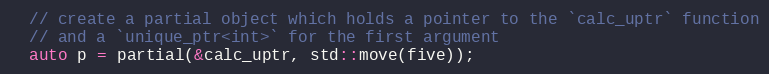
Language: C++
  // create a partial object which holds a pointer to the `calc_uptr` function
  // and a `unique_ptr<int>` for the first argument
  auto p = partial(&calc_uptr, std::move(five));